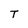
Character: T